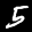
Label: 5